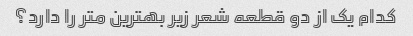
کدام یک از دو قطعه شعر زیر بهترین متر را دارد؟